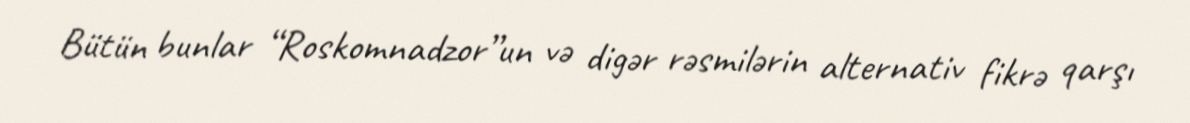
Bütün bunlar “Roskomnadzor”un və digər rəsmilərin alternativ fikrə qarşı